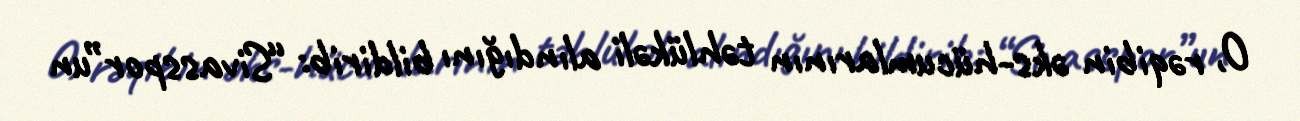
O, rəqibin əks-hücumlarının təhlükəli alındığını bildirib: “Sivasspor”un